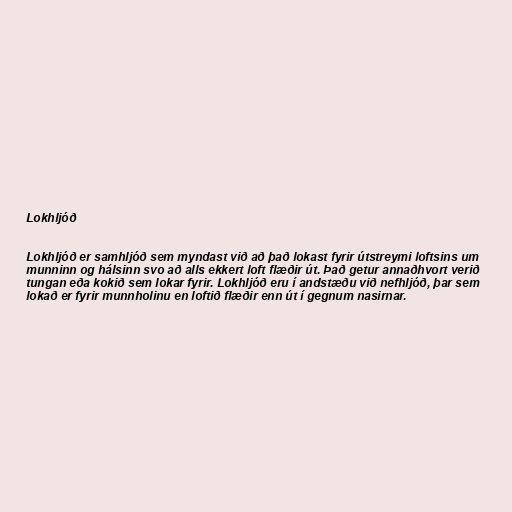
Lokhljóð

Lokhljóð er samhljóð sem myndast við að það lokast fyrir útstreymi loftsins um
munninn og hálsinn svo að alls ekkert loft flæðir út. Það getur annaðhvort verið
tungan eða kokið sem lokar fyrir. Lokhljóð eru í andstæðu við nefhljóð, þar sem
lokað er fyrir munnholinu en loftið flæðir enn út í gegnum nasirnar.